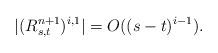
LaTeX: \begin{align*}|(R_{s,t}^{n+1})^{i,1}|=O((s-t)^{i-1}).\end{align*}